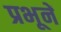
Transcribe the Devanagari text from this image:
प्रभूनें